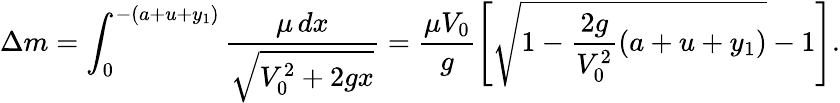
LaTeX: \Delta m=\int_{0}^{-(a+u+y_{1})}\frac{\mu\, dx}{\sqrt{V_{0}^{2}+2gx}}=\frac{\mu V_{0}}{g}\left[\sqrt{1-\frac{2g}{V_{0}^{2}}(a+u+y_{1})}-1\right].